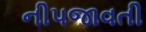
નીપજાવતી